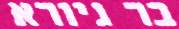
בר גיורא